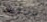
محافظة